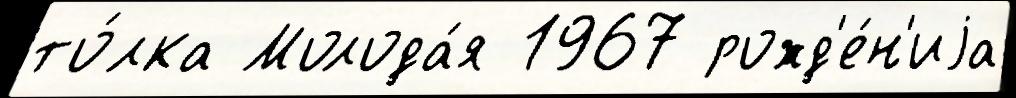
то́лка Молода́я 1967 рожд'е́н'иjа